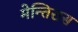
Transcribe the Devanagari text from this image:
मेन्तिरास